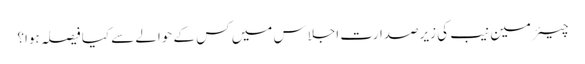
چیئرمین نیب کی زیرصدارت اجلاس میں کس کے حوالے سے کیا فیصلہ ہوا؟